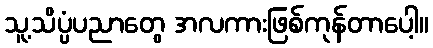
သူ့သိပ္ပံပညာတွေ အလကားဖြစ်ကုန်တာပေါ့။